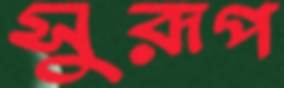
সুরূপ